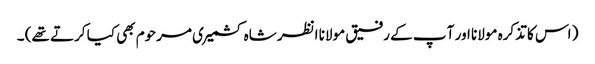
( اس کا تذکرہ مولانا اور آ پ کے رفیق مولانا انظر شاہ کشمیری مرحوم بھی کیا کرتے تھے) ۔